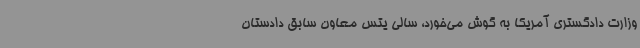
وزارت دادگستری آمریکا به گوش می‌خورد، سالی یتس معاون سابق دادستان